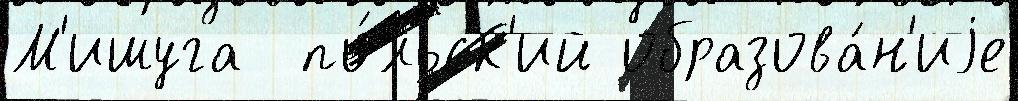
М'ишуга  по́льск'ий образова́н'иjе